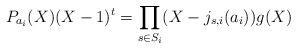
LaTeX: \begin{align*}P_{a_i}(X)(X - 1)^{t} = \prod_{s\in S_i}(X-j_{s,i}(a_i)) g(X)\end{align*}